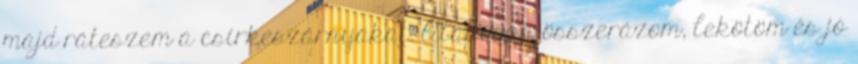
majd ráteszem a csirkeszárnyakat. Alaposan összerázom, lekötöm és jó